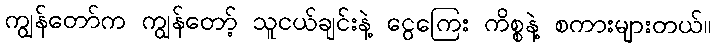
ကျွန်တော်က ကျွန်တော့် သူငယ်ချင်းနဲ့ ငွေကြေး ကိစ္စနဲ့ စကားများတယ်။